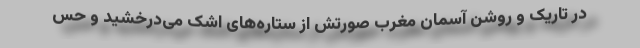
در تاریک و روشن آسمان مغرب صورتش از ستاره‌های اشک می‌درخشید و حس